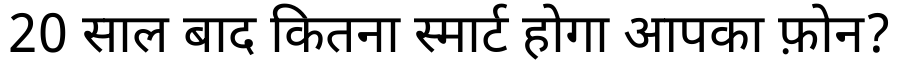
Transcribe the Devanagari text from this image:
20 साल बाद कितना स्मार्ट होगा आपका फ़ोन?